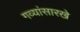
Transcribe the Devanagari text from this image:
गव्यांसारखे